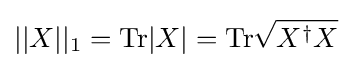
||X||_{1}={\text{Tr}}|X|={\text{Tr}}{\sqrt {X^{\dagger }X}}